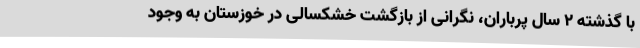
با گذشته ۲ سال پرباران، نگرانی از بازگشت خشکسالی در خوزستان به وجود